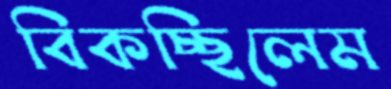
বিকচ্ছিলেম